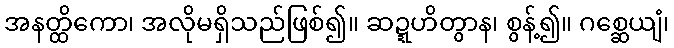
အနတ္ထိကော၊ အလိုမရှိသည်ဖြစ်၍။ ဆဍ္ဍဟိတွာန၊ စွန့်၍။ ဂစ္ဆေယျံ၊